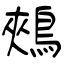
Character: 鵊